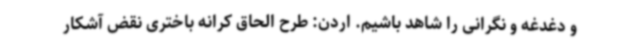
و دغدغه و نگرانی را شاهد باشیم. اردن: طرح الحاق کرانه باختری نقض آشکار